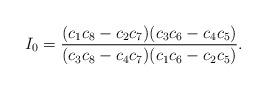
LaTeX: \begin{align*} I_0=\frac{(c_1c_8-c_2c_7)(c_3c_6-c_4c_5)}{(c_3c_8-c_4c_7)(c_1c_6-c_2c_5)}.\end{align*}